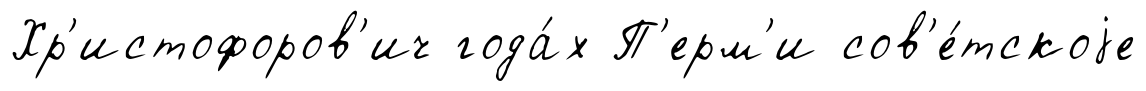
Хр'истофоров'ич года́х П'ерм'и сов'е́тскоjе